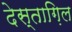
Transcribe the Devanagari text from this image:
देस्ताग़िल